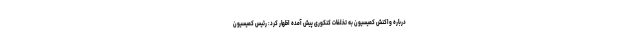
درباره واکنش کمیسیون به تخلفات کنکوری پیش آمده اظهار کرد: رئیس کمیسیون